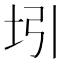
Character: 𰉞